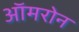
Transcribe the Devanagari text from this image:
ऑमरोन